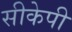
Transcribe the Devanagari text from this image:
सीकेपी